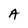
Character: A